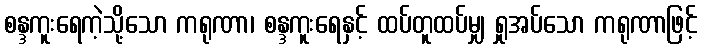
စန္ဒကူးရေကဲ့သို့သော ကရုဏာ၊ စန္ဒကူးရေနှင့် ထပ်တူထပ်မျှ ရှုအပ်သော ကရုဏာဖြင့်